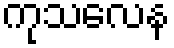
ကုသလေန